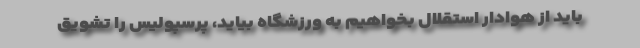
باید از هوادار استقلال بخواهیم به ورزشگاه بیاید، پرسپولیس را تشویق